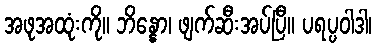
အဖုအထုံးကို။ ဘိန္နော၊ ဖျက်ဆီးအပ်ပြီ။ ပရပ္ပဝါဒါ၊